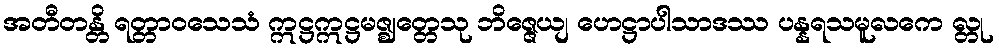
အတီတန္တိ ရတ္တာဝသေသံ ဣဋ္ဌဣဋ္ဌမဇ္ဈတ္တေသု ဘိဇ္ဇေယျ ဟေဋ္ဌာပါသာဒဿ ပန္နရသမူလကေ လ္တု